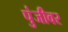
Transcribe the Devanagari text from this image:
पुंजीवर